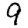
Digit: 9